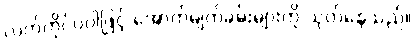
လက်ကိုင်ပဝါဖြင့် အောက်မျက်ခမ်းများကို သုတ်နေသည်။